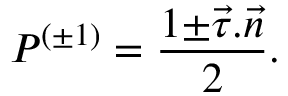
{ \cal P } ^ { ( \pm 1 ) } = \frac { 1 { \pm } \vec { \tau } . \vec { n } } { 2 } .